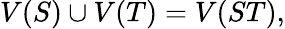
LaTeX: V(S)\cup V(T)=V(ST),